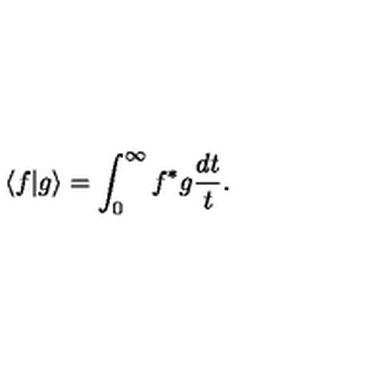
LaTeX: \langle f \vert g \rangle = \int _ { 0 } ^ { \infty } f ^ { * } g \frac { d t } { t } .